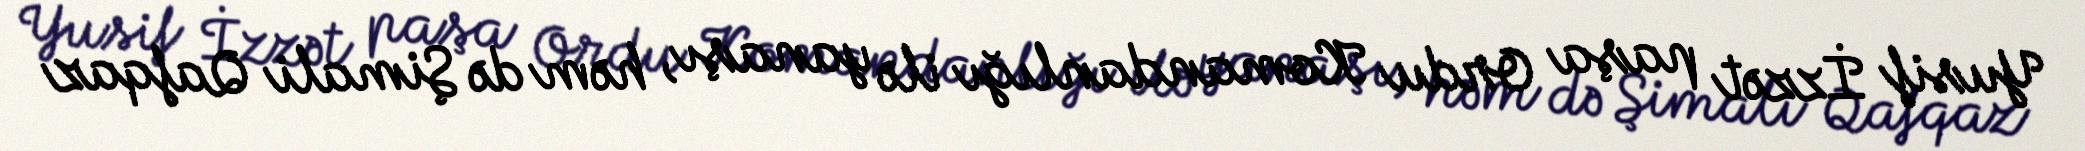
Yusif İzzət paşa Ordu Komandanlığı ilə yanaşı, həm də Şimali Qafqaz